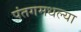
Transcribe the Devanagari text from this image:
पंतगमधल्या